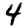
Digit: 4